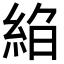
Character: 𦀆